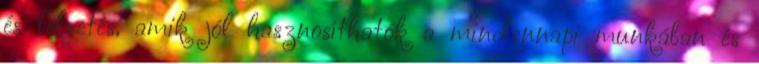
és felvetés, amik jól hasznosíthatók a mindennapi munkában és